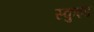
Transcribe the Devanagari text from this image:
स्कुइड